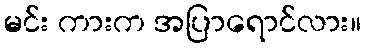
မင်း ကားက အပြာရောင်လား။